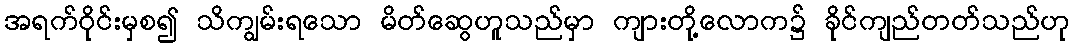
အရက်ဝိုင်းမှစ၍ သိကျွမ်းရသော မိတ်ဆွေဟူသည်မှာ ကျားတို့လောက၌ ခိုင်ကျည်တတ်သည်ဟု